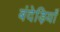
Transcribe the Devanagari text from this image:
बंदेड़ियाँ